Senior Leaving Certificate Examination (including Day School Certificate (Higher) General paper), 1950
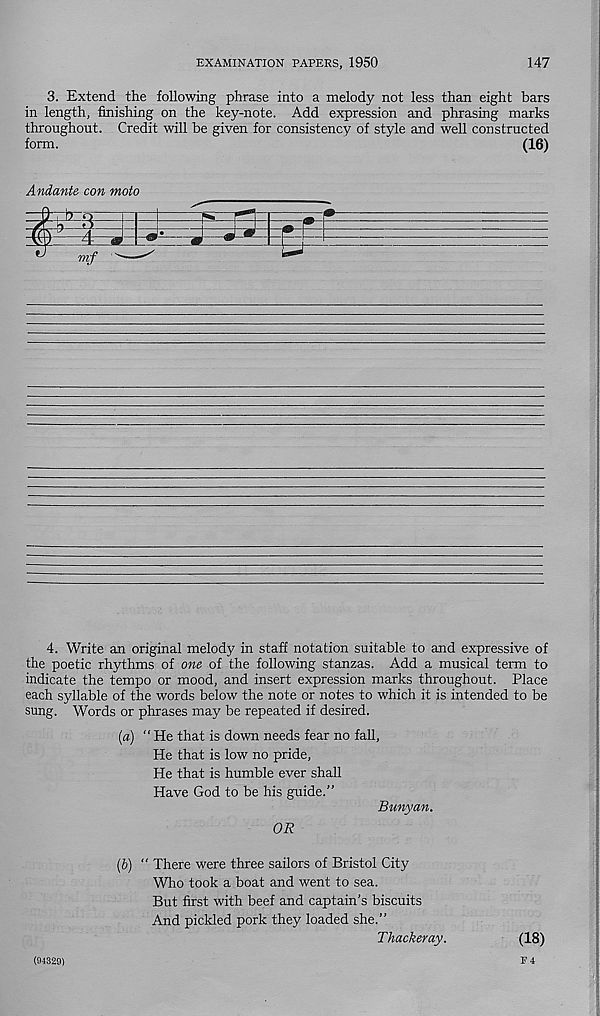
EXAMINATION PAPERS, 1950
147
3. Extend the following phrase into a melody not less than eight bars
in length, finishing on the key-note. Add expression and phrasing marks
throughout. Credit will be given for consistency of style and well constructed
form.
(16)
Andante con moto
I
mf
4. Write an original melody in staff notation suitable to and expressive of
the poetic rhythms of one of the following stanzas. Add a musical term to
indicate the tempo or mood, and insert expression marks throughout. Place
each syllable of the words below the note or notes to which it is intended to be
sung. Words or phrases may be repeated if desired.
(a) “ He that is down needs fear no fall,
He that is low no pride,
He that is humble ever shall
Have God to be his guide.”
Bunyan.
OR
(b) “ There were three sailors of Bristol City
Who took a boat and went to sea.
But first with beef and captain’s biscuits
And pickled pork they loaded she.”
Thackeray.
(18)
F4
(94329)